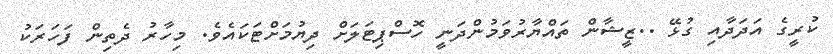
ކުރީގެ އަދަދާއި ގުޅޭ ..ޒީޝާން ތައްޔާރުވަމުންދަނީ ހޮސްޕިޓަލަށް ދިޔުމަށްޓަކައެވެ. މިހާރު ދެތިން ފަހަރަކު